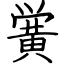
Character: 黉